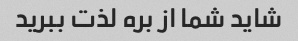
شاید شما از بره لذت ببرید